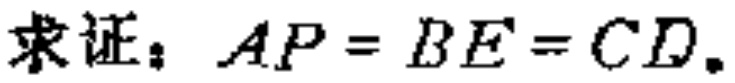
求证：\(AP = BE = CD\)。